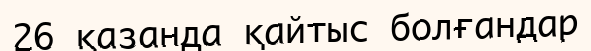
26 қазанда қайтыс болғандар